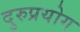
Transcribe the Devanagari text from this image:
दुरुप्रयोग